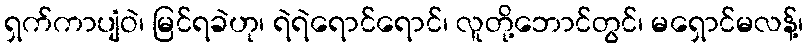
ရှက်ကာပျံဝဲ၊ မြင်ရခဲဟု၊ ရဲရဲရောင်ရောင်၊ လူတို့ဘောင်တွင်၊ မရှောင်မလန့်၊